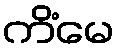
ကိံမေ